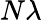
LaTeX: N\lambda